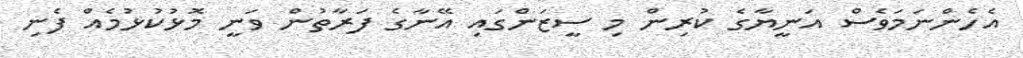
އެހެންނަމަވެސް އަނީޔާގެ ކުރިން މި ސީޒަންގައި އޭނާގެ ފަރާތުން ވަނީ މޮޅުކުޅުމެއް ފެނި